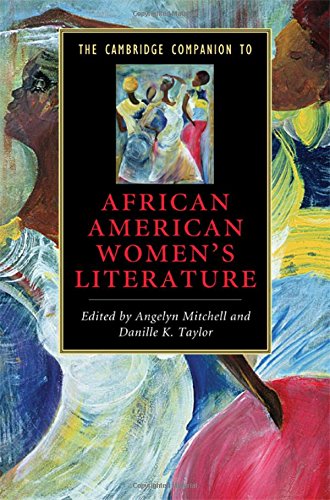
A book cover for The Cambridge Companion to African American Women's Literature (Cambridge Companions to Literature); Literature & Fiction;